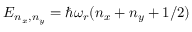
E _ { n _ { x } , n _ { y } } = \hbar \omega _ { r } ( n _ { x } + n _ { y } + 1 / 2 )